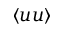
\langle u u \rangle